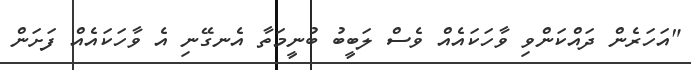
"އަހަރެން ދައްކަންވި ވާހަކައެއް ވެސް ލަބީބު ބުނީމަތާ އެނގޭނި އެ ވާހަކައެއް ފަށަން